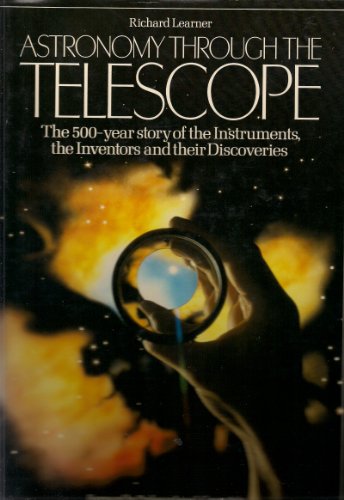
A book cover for Astronomy Through the Telescope: The 500 Year Story of the Instruments, the Inventors, and Their Discoveries; Richard Learner; Science & Math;